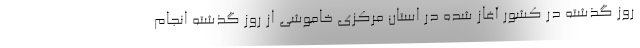
روز گذشته در کشور آغاز شده در استان مرکزی خاموشی‌ از روز گذشته انجام